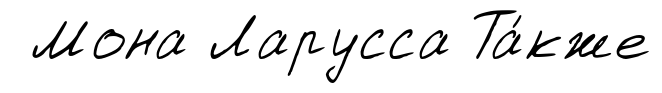
Мона Ларусса Та́кже